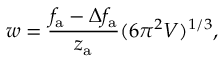
w = \frac { f _ { \mathrm { a } } - \Delta f _ { \mathrm { a } } } { z _ { \mathrm { a } } } ( 6 \pi ^ { 2 } V ) ^ { 1 / 3 } ,